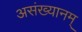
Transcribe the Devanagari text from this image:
असंख्यानम्‌